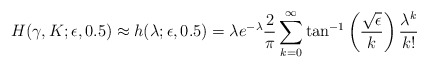
\begin{align*}&H(\gamma, K; \epsilon,0.5)\approx h(\lambda; \epsilon,0.5) = \lambda e^{-\lambda }\frac{2}{\pi}\sum_{k=0}^\infty\tan^{-1}\left(\frac{\sqrt{\epsilon}}{k}\right)\frac{\lambda^k}{k!}\end{align*}